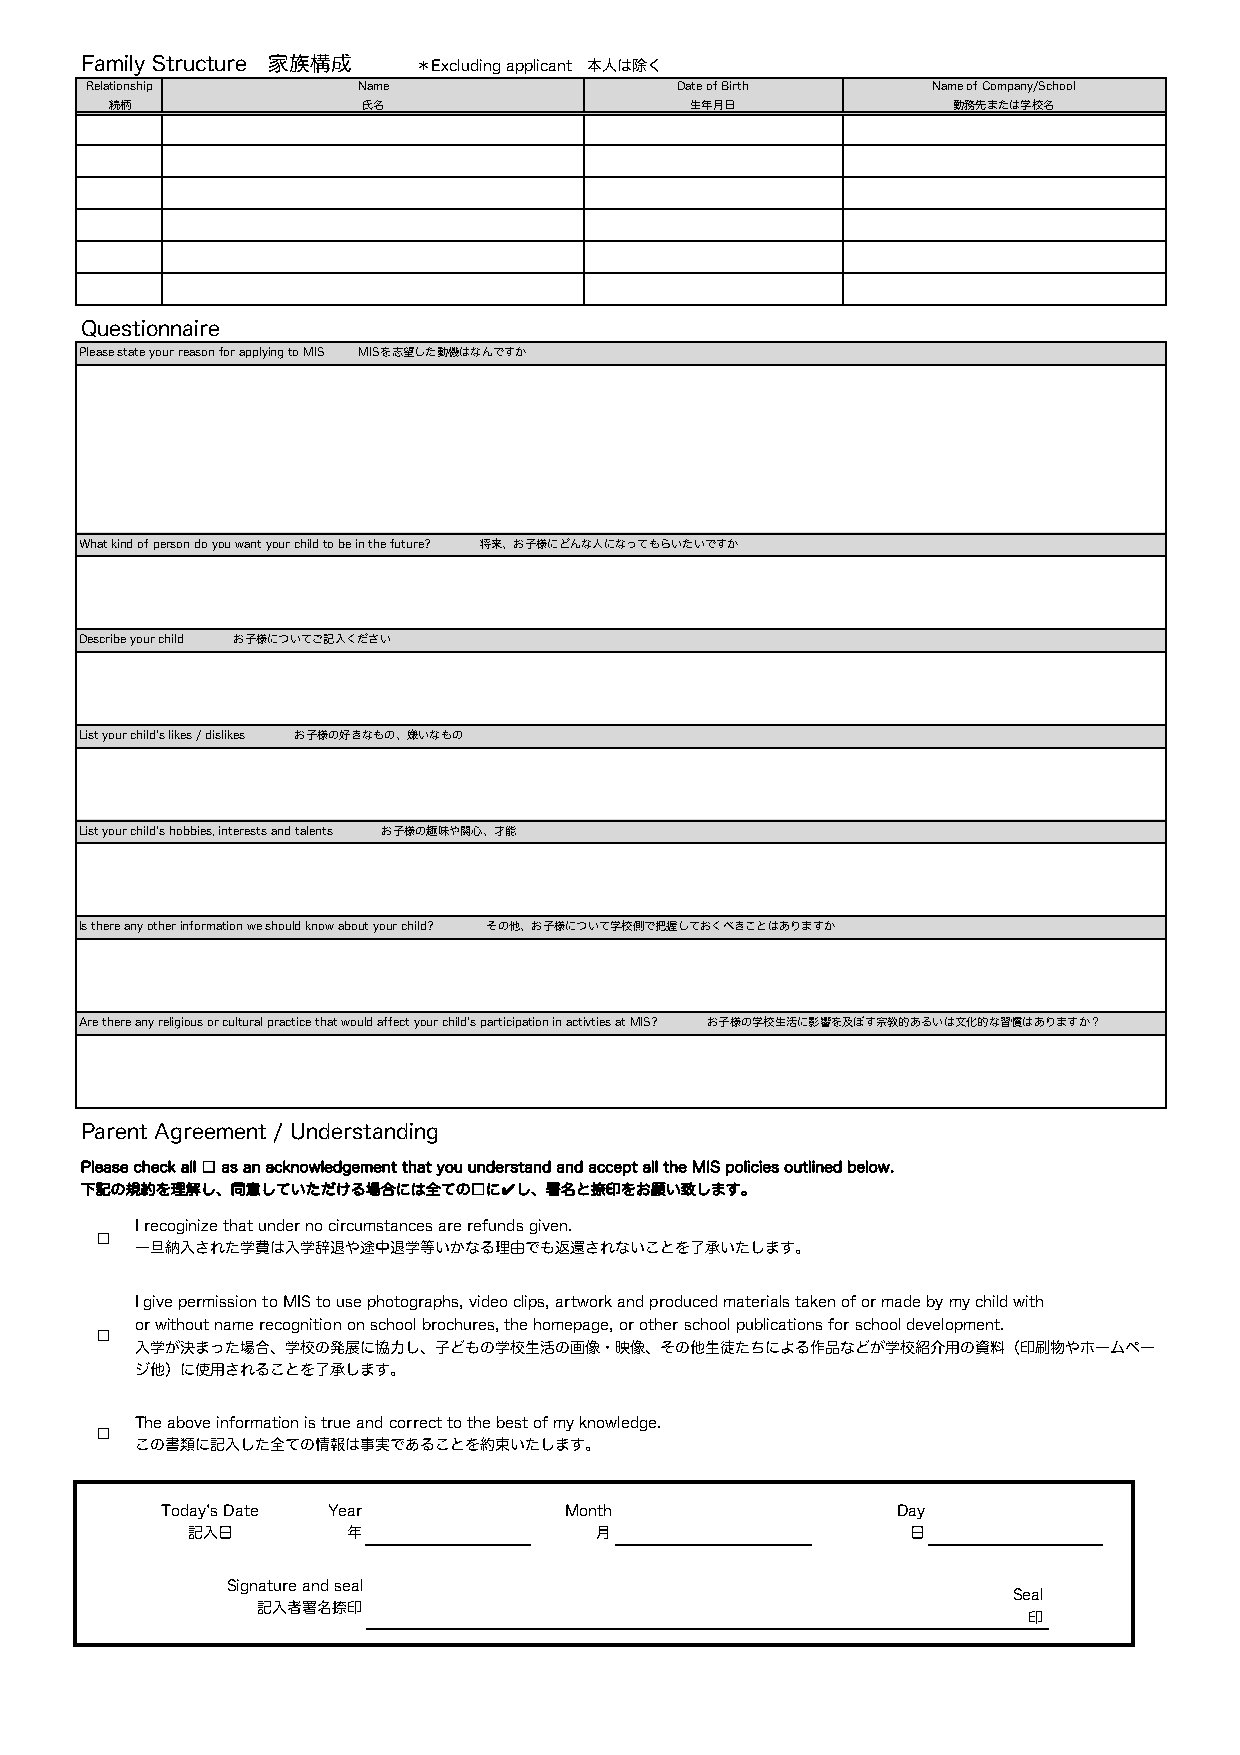
Family Structure 家族構成  ＊Excluding applicant 本人は除く
 Relationship      Name                 Date of Birth    Name of Company/School
 続柄               氏名                    生年月日             勤務先または学校名
 Questionnaire
 Please state your reason for applying to MIS MISを志望した動機はなんですか
 What kind of person do you want your child to be in the future? 将来、お子様にどんな人になってもらいたいですか
 Describe your child お子様についてご記入ください
 List your child's likes / dislikes お子様の好きなもの、嫌いなもの
 List your child's hobbies, interests and talents お子様の趣味や関心、才能
 Is there any other information we should know about your child? その他、お子様について学校側で把握しておくべきことはありますか
 Are there any religious or cultural practice that would affect your child's participation in activties at MIS? お子様の学校生活に影響を及ぼす宗教的あるいは文化的な習慣はありますか？
 Parent Agreement / Understanding
 Please check all □ as an acknowledgement that you understand and accept all the MIS policies outlined below.
 下記の規約を理解し、同意していただける場合には全ての□に✔し、署名と捺印をお願い致します。
 I recoginize that under no circumstances are refunds given.
 □
 一旦納入された学費は入学辞退や途中退学等いかなる理由でも返還されないことを了承いたします。
 I give permission to MIS to use photographs, video clips, artwork and produced materials taken of or made by my child with
 or without name recognition on school brochures, the homepage, or other school publications for school development.
 □
 入学が決まった場合、学校の発展に協力し、子どもの学校生活の画像・映像、その他生徒たちによる作品などが学校紹介用の資料（印刷物やホームペー
 ジ他）に使用されることを了承します。
 The above information is true and correct to the best of my knowledge.
 □
 この書類に記入した全ての情報は事実であることを約束いたします。
 Today's Date Year         Month                 Day
 記入日        年               月                    日
 Signature and seal
 Seal
 記入者署名捺印
 印